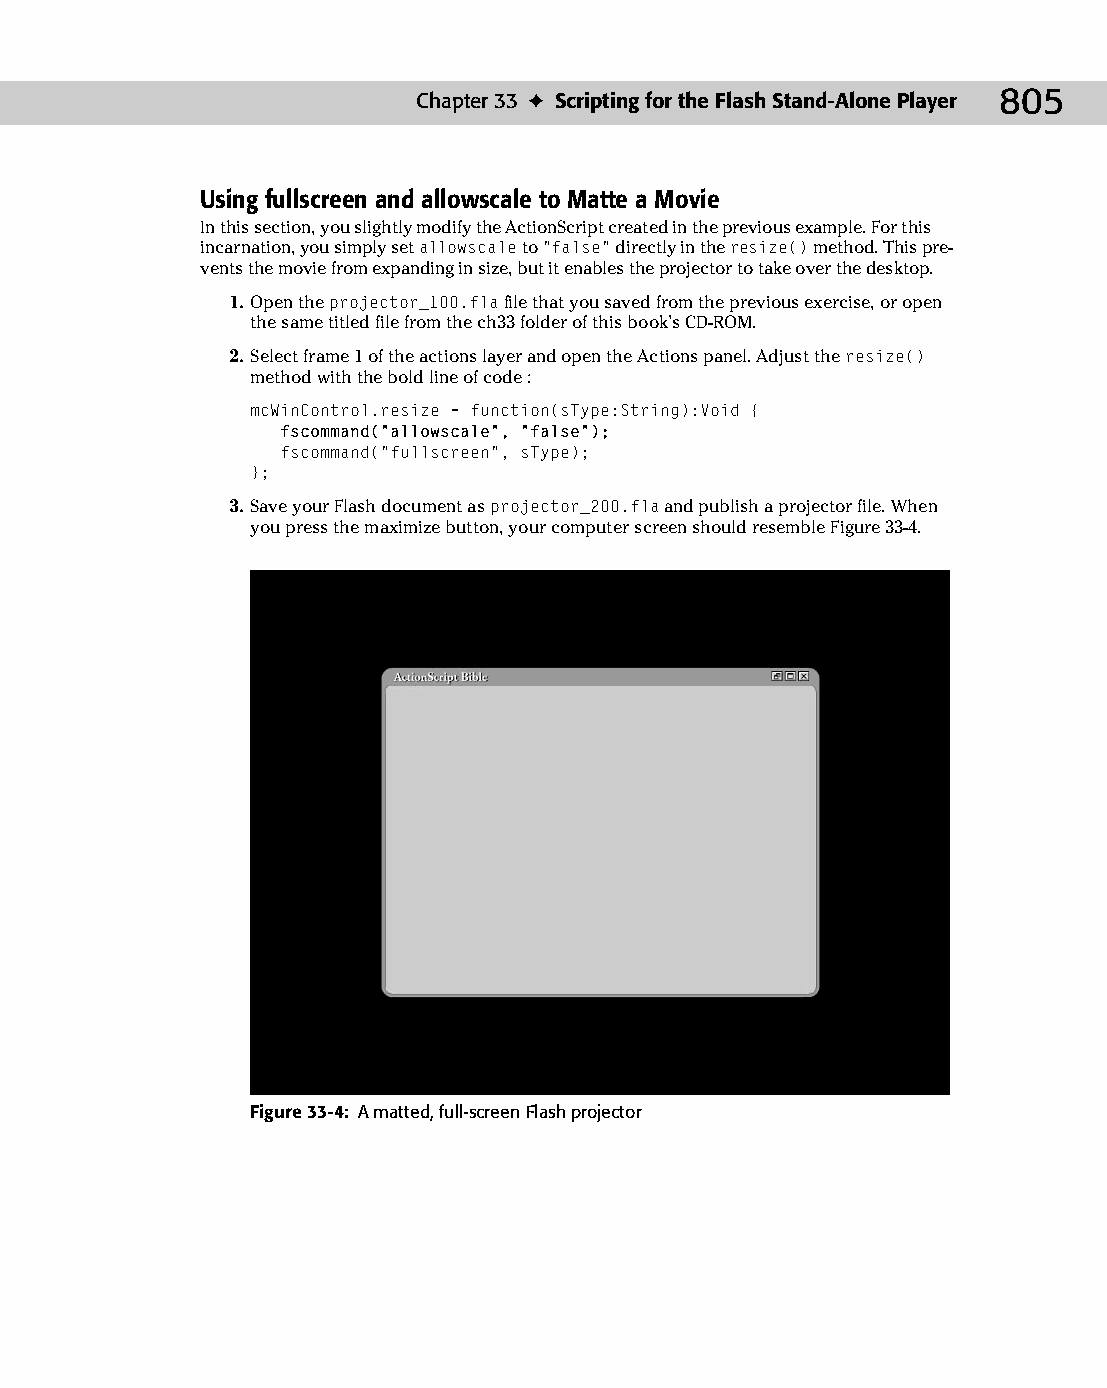
43 543547 ch33.qxd 3/24/04 4:16 PM Page 805
 Chapter 33 ✦ Scripting for the Flash Stand-Alone Player 805
 Using fullscreen and allowscale to Matte a Movie
 In this section, you slightly modify the ActionScript created in the previous example. For this
 incarnation, you simply set allowscale to “false” directly in the resize() method. This pre­
 vents the movie from expanding in size, but it enables the projector to take over the desktop.
 1. Open the projector_100.fla file that you saved from the previous exercise, or open
 the same titled file from the ch33 folder of this book’s CD-ROM.
 2. Select frame 1 of the actions layer and open the Actions panel. Adjust the resize()
 method with the bold line of code :
 mcWinControl.resize = function(sType:String):Void {
 fscommand(“allowscale”, “false”);
 fscommand(“fullscreen”, sType);
 };
 3. Save your Flash document as projector_200.fla and publish a projector file. When
 you press the maximize button, your computer screen should resemble Figure 33-4.
 Figure 33-4: A matted, full-screen Flash projector